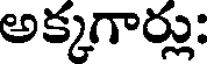
అక్కగార్లు: